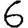
Digit: 6